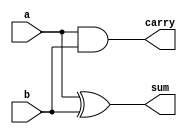
// This program was cloned from: https://github.com/yohanes-erwin/pemrograman_zynq
// License: MIT License

`timescale 1ns / 1ps

module half_adder
    (
        input wire  a,
        input wire  b,
        output wire sum,
        output wire carry    
    );
    
    assign sum = a ^ b;
    assign carry = a & b;
    
endmodule